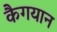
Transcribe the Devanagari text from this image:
कैगयान